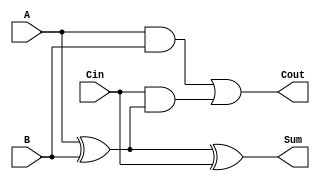
module full_adder (
    input wire A,     // Input bit 1
    input wire B,     // Input bit 2
    input wire Cin,   // Carry-in bit
    output wire Sum,  // Sum output
    output wire Cout  // Carry-out output
);

// Internal signals for intermediate calculations
wire AxorB; // A XOR B

// Sum calculation: Sum = A XOR B XOR Cin
assign AxorB = A ^ B;
assign Sum = AxorB ^ Cin;

// Carry-out calculation: Cout = (A AND B) OR (Cin AND (A XOR B))
assign Cout = (A & B) | (Cin & AxorB);

endmodule